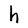
Character: h